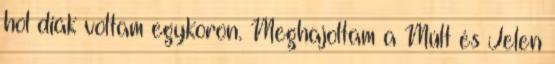
hol diák voltam egykoron. Meghajoltam a Múlt és Jelen